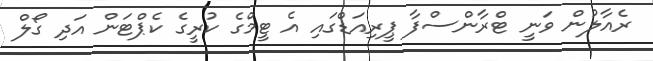
ރެއާލުން ވަނީ ޓްރާންސްފާ ޕީރިއަޑްގައި އެ ޓީމްގެ ކުރީގެ ކެޕްޓަން އަދި ގޯލް